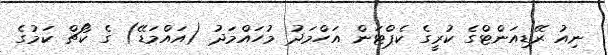
ނިއު ރޭޑިއަންޓްގެ ކުރީގެ ކެޕްޓަން އަހްމަދު މުހައްމަދު (އައްމަޑޭ) ގެ ކޯޗް ކަމުގެ